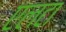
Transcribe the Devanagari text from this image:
एलटा